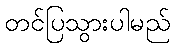
တင်ပြသွားပါမည်